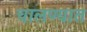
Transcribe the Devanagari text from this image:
चालण्यात